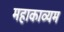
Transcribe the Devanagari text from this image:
महाकाव्यम